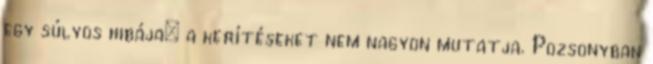
egy súlyos hibája: a kerítéseket nem nagyon mutatja. Pozsonyban